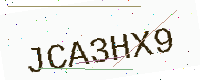
Text: JCA3HX9